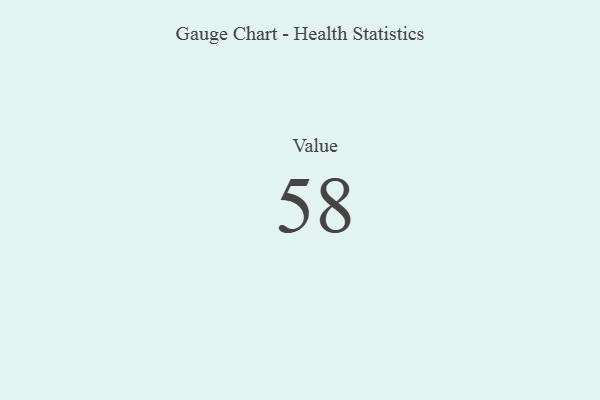
{"axis": {"x": "Metric", "y": "Value"}, "legend": [""], "data": [{"x": "Value", "y": 58, "type": ""}]}